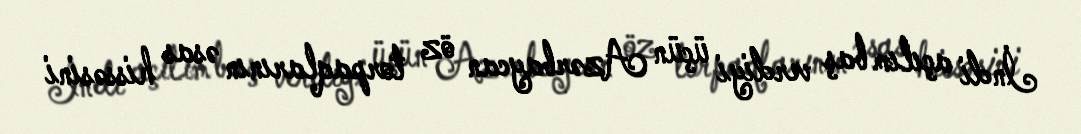
İndi açılım baş verdiyi üçün Azərbaycan öz torpaqlarının əsas hissəsini